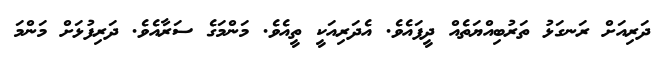
ދަރިއަށް ރަނގަޅު ތަރުބިއްޔަތެއް ދީފައެވެ. އެދަރިއަކީ ތީއެވެ. މަންމަގެ ސަރާއެވެ. ދަރިފުޅަށް މަންމަ